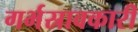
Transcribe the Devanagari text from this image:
गर्भस्रावकारी